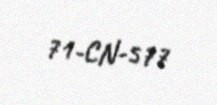
71-CN-577